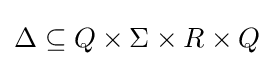
\Delta \subseteq Q\times \Sigma \times R\times Q